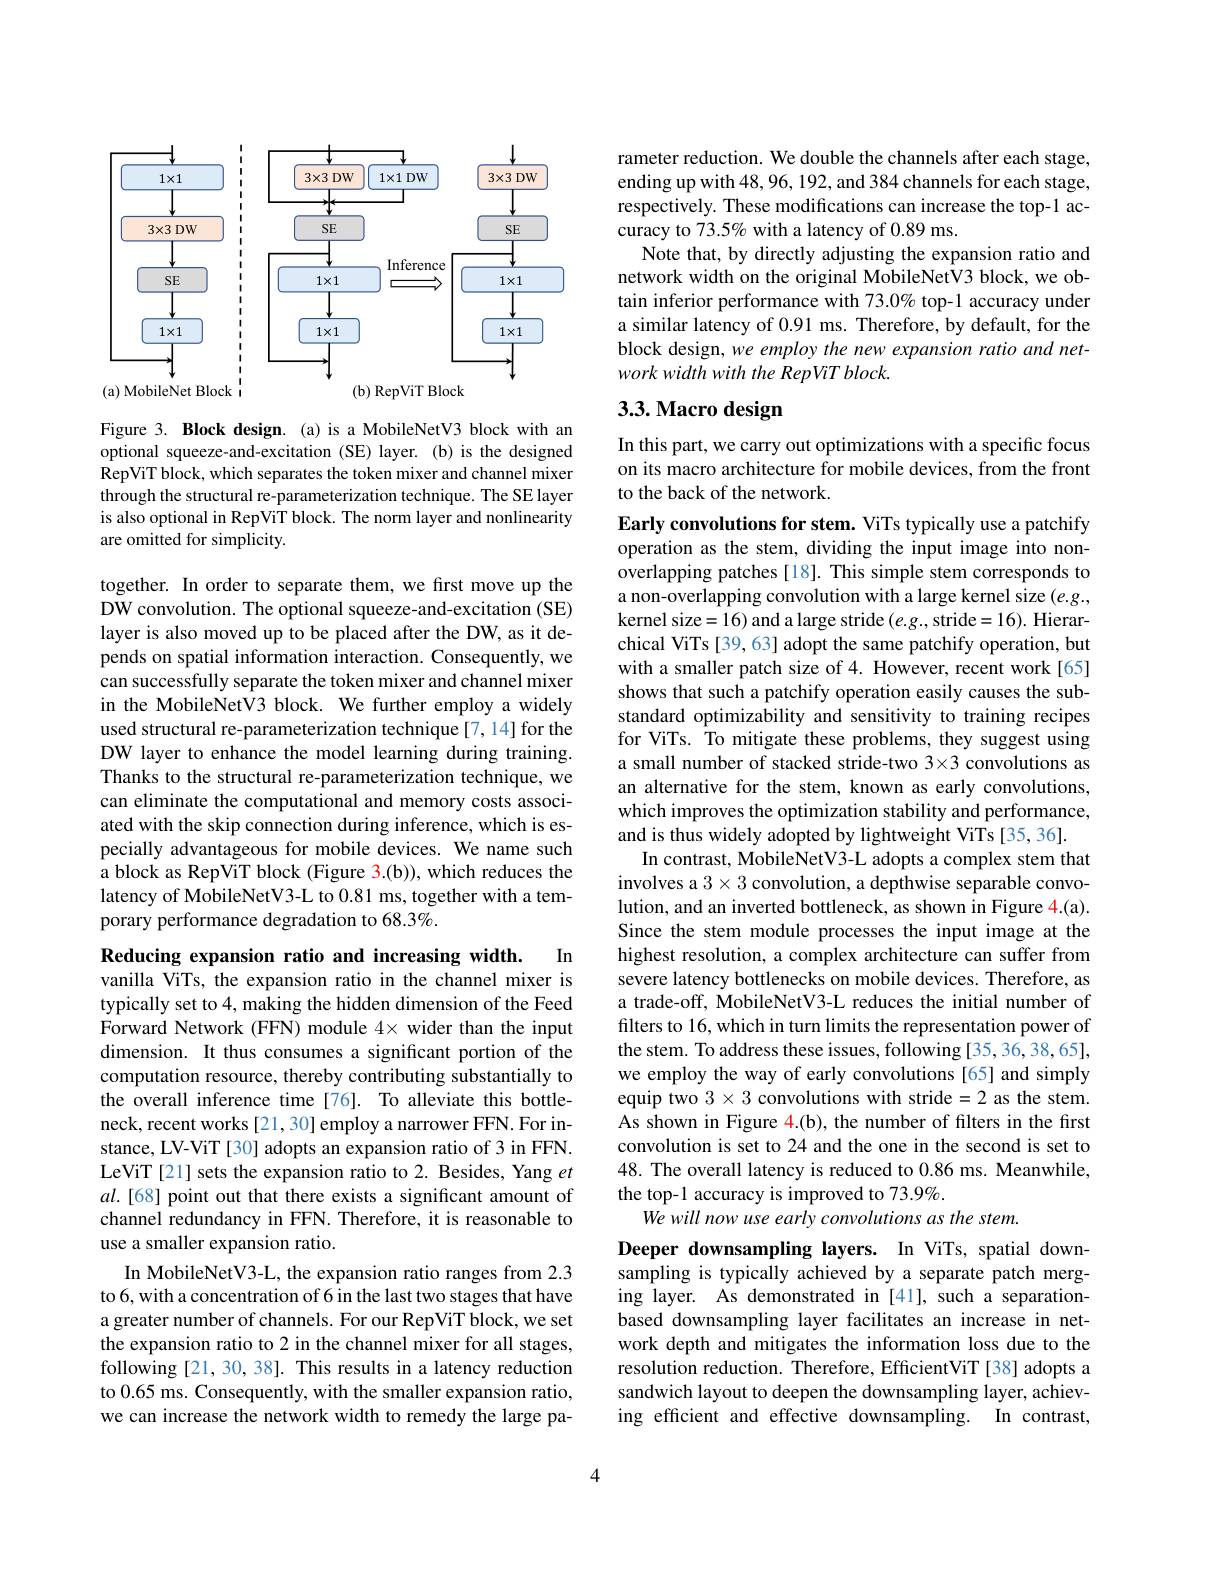
<FigureHere>

Figure 3. Block design.(a) is a MobileNetV3 block with an optional squeeze-and-excitation (SE) layer. (b) is the designed RepViT block, which separates the token mixer and channel mixer through the structural re-parameterization technique. The SE layer is also optional in RepViT block. The norm layer and nonlinearity are omitted for simplicity.

together. In order to separate them, we first move up the DW convolution. The optional squeeze-and-excitation (SE) layer is also moved up to be placed after the DW, as it depends on spatial information interaction. Consequently, we can successfully separate the token mixer and channel mixer in the MobileNetV3 block. We further employ a widely used structural re-parameterization technique[7,14] for the DW layer to enhance the model learning during training. Thanks to the structural re-parameterization technique, we can eliminate the computational and memory costs associated with the skip connection during inference, which is especially advantageous for mobile devices. We name such a block as RepViT block (Figure 3.(b)), which reduces the latency of MobileNetV3-L to 0.81 ms, together with a temporary performance degradation to 68.3%.

$In$

Reducing expansion ratio and increasing width.

vanilla ViTs, the expansion ratio in the channel mixer is typically set to 4, making the hidden dimension of the Feed Forward Network (FFN) module 4× wider than the input dimension. It thus consumes a significant portion of the computation resource, thereby contributing substantially to the overall inference time[76]. To alleviate this bottleneck, recent works [21,30] employ a narrower FFN. For instance, LV-ViT [30] adopts an expansion ratio of 3 in FFN. LeViT[21] sets the expansion ratio to 2. Besides, Yang $et$ $al.[68]$ point out that there exists a significant amount of channel redundancy in FFN. Therefore, it is reasonable to use a smaller expansion ratio.

In MobileNetV3-L, the expansion ratio ranges from 2.3 to 6, with a concentration of 6 in the last two stages that have a greater number of channels. For our RepViT block, we set the expansion ratio to 2 in the channel mixer for all stages, following [21,30,38]. This results in a latency reduction to 0.65 ms. Consequently, with the smaller expansion ratio, we can increase the network width to remedy the large pa-

rameter reduction. We double the channels after each stage, ending up with 48,96, 192, and 384 channels for each stage, respectively. These modifications can increase the top-1 accuracy to 73.5% with a latency of 0.89 ms.
Note that, by directly adjusting the expansion ratio and network width on the original MobileNetV3 block, we obtain inferior performance with 73.0% top-1 accuracy under a similar latency of 0.91 ms. Therefore, by default, for the block design, we employ the new expansion ratio and network width with the RepViT block.

# 3.3. Macro design

In this part, we carry out optimizations with a specific focus on its macro architecture for mobile devices, from the front to the back of the network.

Early convolutions for stem. ViTs typically use a patchify operation as the stem, dividing the input image into nonoverlapping patches [18]. This simple stem corresponds to a non-overlapping convolution with a large kernel size $(e.g.$, kernel size=16) and a large stride $(e.g.$,stride=16). Hierarchical ViTs [39,63] adopt the same patchify operation, but with a smaller patch size of 4. However, recent work[65] shows that such a patchify operation easily causes the substandard optimizability and sensitivity to training recipes for ViTs. To mitigate these problems, they suggest using a small number of stacked stride-two 3×3 convolutions as an alternative for the stem, known as early convolutions, which improves the optimization stability and performance, and is thus widely adopted by lightweight ViTs [35, 36].
In contrast, MobileNetV3-L adopts a complex stem that involves a $3\times3$ convolution, a depthwise separable convolution, and an inverted bottleneck, as shown in Figure 4.(a). Since the stem module processes the input image at the highest resolution, a complex architecture can suffer from severe latency bottlenecks on mobile devices. Therefore, as a trade-off, MobileNetV3-L reduces the initial number of filters to 16, which in turn limits the representation power of the stem. To address these issues, following [35,36,38,65], we employ the way of early convolutions [65] and simply equip two $3\times3$ convolutions with stride=2 as the stem. As shown in Figure 4.(b), the number of filters in the first convolution is set to 24 and the one in the second is set to 48. The overall latency is reduced to 0.86 ms. Meanwhile, the top-1 accuracy is improved to 73.9%.
We will now use early convolutions as the stem.
Deeper downsampling layers. In ViTs, spatial down-

sampling is typically achieved by a separate patch merging layer. As demonstrated in [41], such a separationbased downsampling layer facilitates an increase in network depth and mitigates the information loss due to the resolution reduction. Therefore, EfficientViT[38] adopts a sandwich layout to deepen the downsampling layer, achieving efficient and effective downsampling. In contrast,

4